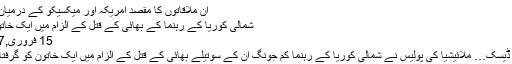
ان ملاقاتوں کا مقصد امریکہ اور میکسیکو کے درمیان قریبی ...
شمالی کوریا کے رہنما کے بھائی کے قتل کے الزام میں ایک خاتون گرفتار
15 فروری,2017	0
انٹر نیشنل ڈیسک… ملائیشیا کی پولیس نے شمالی کوریا کے رہنما کم جونگ ان کے سوتیلے بھائی کے قتل کے الزام میں ایک خاتون کو گرفتار کیا ہے۔